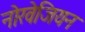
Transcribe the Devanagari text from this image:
नोरवेजियन